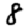
Digit: 8